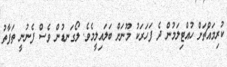
ކުރިމައްޗަށް ހުއްޓިލަމުން ދެ ފަހަރަކު މޫނަށް ބަލައިލީމެވެ. ލޯގަނޑުން ވެސް ފެނުނީ ތަފާތު